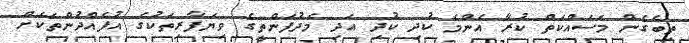
ތިބެގެން މަސައްކަތް ކުރާ އެންމެ ކުދި ކުދި އަދި މެދުފަންތީގެ ވިޔަފާރިތަކުގެ އުފެއްދުންތަކަށް